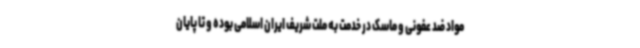
مواد ضد عفونی و ماسک در خدمت به ملت شریف ایران اسلامی بوده و تا پایان